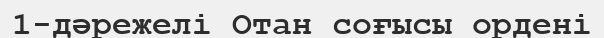
1-дәрежелі Отан соғысы ордені